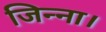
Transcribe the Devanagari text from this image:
जिन्ना।